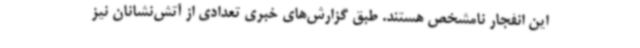
این انفجار نامشخص هستند. طبق گزارش‌های خبری تعدادی از آتش‌نشانان نیز